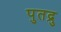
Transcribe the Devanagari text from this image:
पुतद्रु